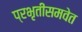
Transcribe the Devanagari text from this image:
प्रभृतींसमवेत